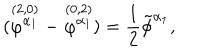
( \stackrel { ( 2 , 0 ) } { \varphi ^ { \alpha _ { 1 } } } - \stackrel { ( 0 , 2 ) } { \varphi ^ { \alpha _ { 1 } } } ) = { \frac { 1 } { 2 } } \tilde { \phi } ^ { \alpha _ { 1 } } ,